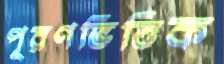
পূরণভিত্তিক